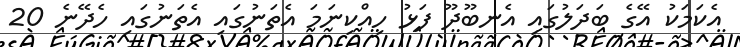
އެކަމަކު އޭގެ ބަދަލުގައި އެނބޫދޫ ފަޅު ހިއްކިނަމަ އެތަނުގައި އެތަނުގައި ހެދޭނެ 20